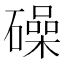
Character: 𥖨